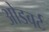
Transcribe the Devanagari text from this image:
ओडबर्ट